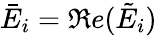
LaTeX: \bar{E}_{i}=\Re e(\tilde{E}_{i})